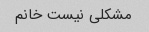
مشکلی نیست خانم